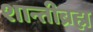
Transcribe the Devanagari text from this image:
शान्तीब्रह्म